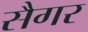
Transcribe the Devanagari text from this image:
सैगर